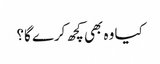
کیا وہ بھی کچھ کرے گا؟